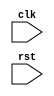
module AXI_controller(
    input wire clk,
    input wire rst,
    // other input and output ports as needed
);

    // Timing control logic
    // Synchronization logic
    // Arbitration and prioritization logic
    // Error detection and correction logic
    // Configurable design parameters

endmodule